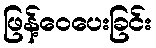
ဖြန့်ဝေပေးခြင်း